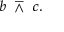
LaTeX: b \ \barwedge \ c .